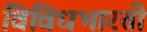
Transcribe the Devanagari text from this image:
विविधभारती